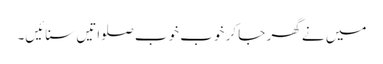
میں نے گھر جا کر خوب خوب صلواتیں سنائیں۔